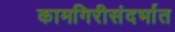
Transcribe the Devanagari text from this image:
कामगिरीसंदर्भात